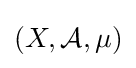
(X,{\mathcal {A}},\mu )